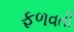
ફળવતી